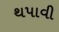
થપાવી